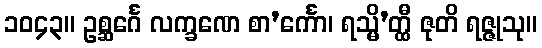
၁၀၄၃။ ဥစ္ဆင်္ဂေ လက္ခဏေ စာ’င်္ကော၊ ရသ္မိ’တ္ထီ ဇုတိ ရဇ္ဇုသု။